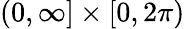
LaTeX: (0,\infty]\times[0,2\pi)